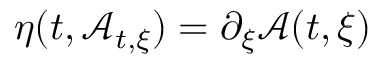
\eta ( t , \mathcal { A } _ { t , \xi } ) = \partial _ { \xi } \mathcal { A } ( t , \xi )